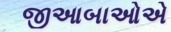
જીઆબાઓએ